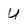
Character: U